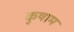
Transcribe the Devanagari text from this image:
कुषाम